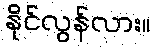
နိုင်လွန်လား။